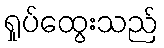
ရှုပ်ထွေးသည်